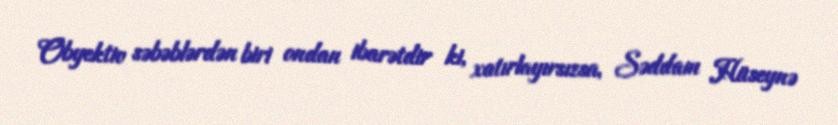
Obyektiv səbəblərdən biri ondan ibarətdir ki, xatırlayırsızsa, Səddam Hüseynə